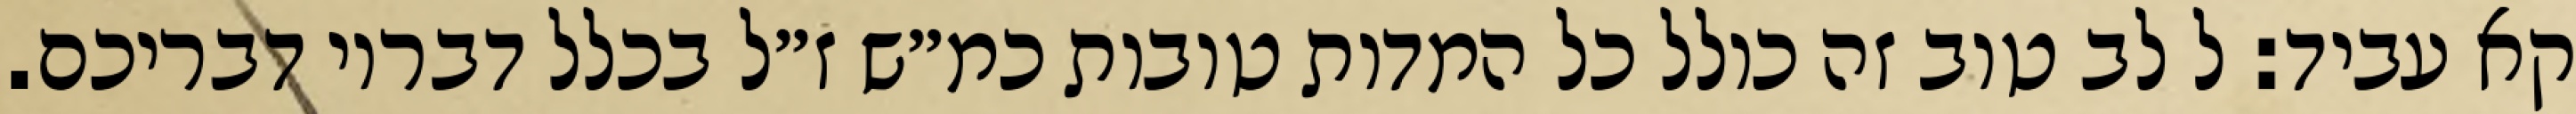
קא עביד: ל לב טוב זה כולל כל המדות טובות כמ״ש ז״ל בכלל דבריו דבריכם.